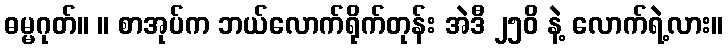
ဓမ္မဂုတ်။ ။ စာအုပ်က ဘယ်လောက်ရိုက်တုန်း အဲဒီ ၂၅၀ိ နဲ့ လောက်ရဲ့လား။